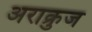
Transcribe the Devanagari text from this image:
अराक्रुज